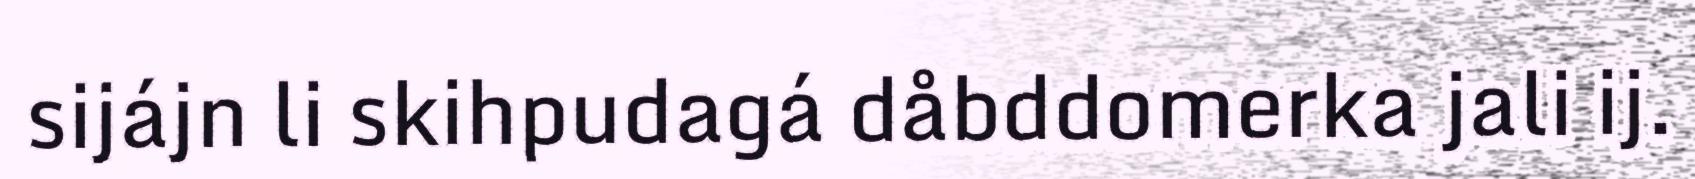
sijájn li skihpudagá dåbddomerka jali ij.